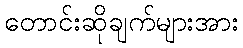
တောင်းဆိုချက်များအား